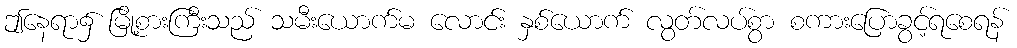
ဤနေရာ၌ မြို့စားကြီးသည် သမီးယောက်မ လောင်း နှစ်ယောက် လွတ်လပ်စွာ စကားပြောခွင့်ရစေရန်